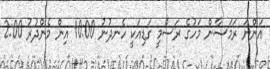
އަންނަ ރަމަޟާން މަހުގެ ރަސްމީ ގަޑިއަކީ ހެނދުނު 10:00 އިން މެންދުރު 2:00